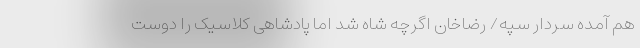
هم آمده سردار سپه/ رضاخان اگرچه شاه شد اما پادشاهی کلاسیک را دوست